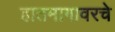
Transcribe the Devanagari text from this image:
हातमागावरचे